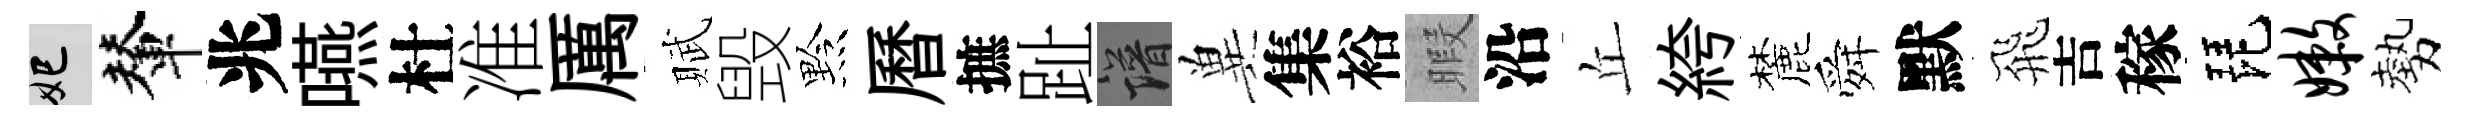
妃輦兆嚥杜准厲賦毁黔曆摭趾譜兾集裕暇沿丘絝麓舜默飛吉稼琵嫩勢